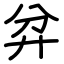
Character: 弅